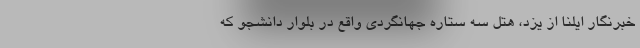
خبرنگار ایلنا از یزد، هتل سه ستاره جهانگردی واقع در بلوار دانشجو که